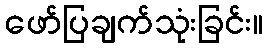
ဖော်ပြချက်သုံးခြင်း။